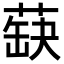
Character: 蒛